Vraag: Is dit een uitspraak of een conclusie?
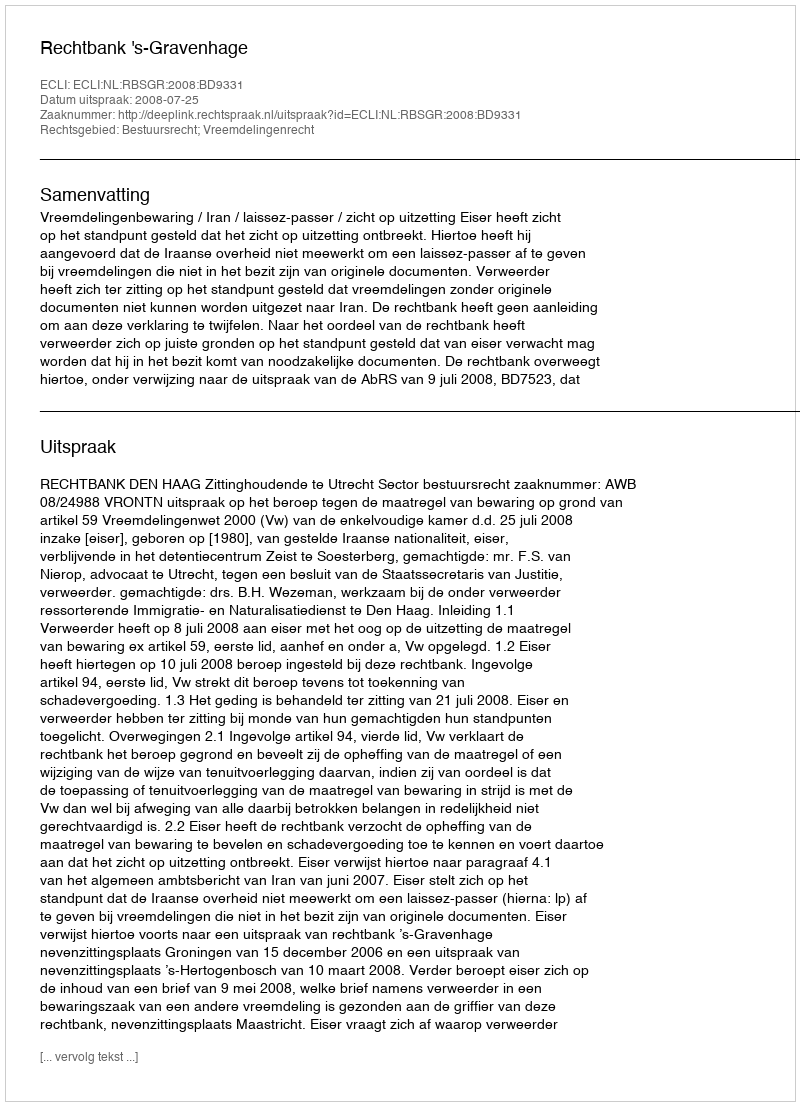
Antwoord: Uitspraak